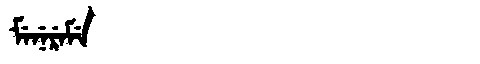
Manchu: ᠮᡝᠨᡝᡵᡝᠮᡝ
Romanization: MENEREME